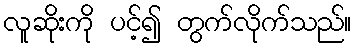
လူဆိုးကို ပင့်၍ တွက်လိုက်သည်။